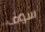
سوف